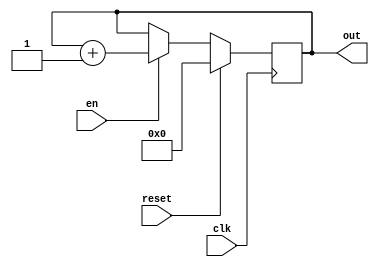

module counter_8b(
    input en,
    input reset,
    input clk,
    output reg [7:0] out
    );
    
    always@(posedge clk) begin
        if(reset)  
            out <= 0;
        else if(en)
            out <= out + 1;
    end
endmodule